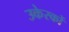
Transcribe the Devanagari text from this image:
उकेरकों